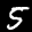
Label: 5